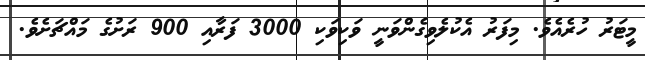
މީޓަރު ހުރެއެވެ. މިފަރު އެކުލެވިގެންވަނީ ވަކިވަކި 3000 ފަރާއި 900 ރަށުގެ މައްޗަށެވެ.